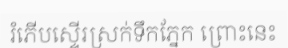
រំភើបស្ទើរស្រក់ទឹកភ្នែក ព្រោះនេះ